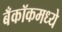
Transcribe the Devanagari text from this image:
बँकॉकमध्ये